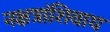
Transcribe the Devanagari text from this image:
नक्षत्रांशिवाय